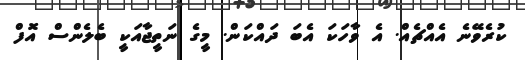
ކުރެވޭނެ އެއްޗެއް. އެ ވާހަކަ އެބަ ދައްކަން. މީގެ ނަތީޖާއަކީ ބެލެންސް އޮފް